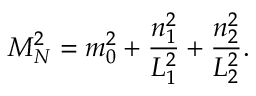
M _ { N } ^ { 2 } = m _ { 0 } ^ { 2 } + \frac { n _ { 1 } ^ { 2 } } { L _ { 1 } ^ { 2 } } + \frac { n _ { 2 } ^ { 2 } } { L _ { 2 } ^ { 2 } } .